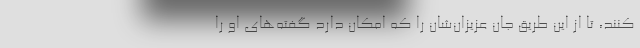
کنند، تا از این طریق جان عزیزان‌شان را که امکان دارد گفته‌های او را